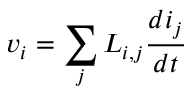
v _ { i } = \sum _ { j } L _ { i , j } { \frac { d i _ { j } } { d t } }